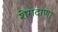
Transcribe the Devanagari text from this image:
शेगदाणा